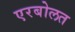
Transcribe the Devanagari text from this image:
एरबोलत